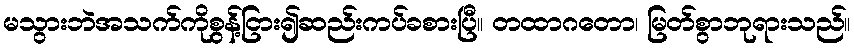
မသွားဘဲအသက်ကိုစွန့်ငြား၍ဆည်းကပ်ခစားပြီ။ တထာဂတော၊ မြတ်စွာဘုရားသည်။